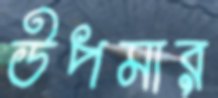
উপমার